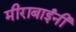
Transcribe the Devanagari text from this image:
मीराबाईंनी